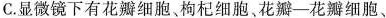
C.显微镜下有花瓣细胞、枸杞细胞、花瓣——花瓣细胞、